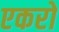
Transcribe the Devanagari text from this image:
एकरो